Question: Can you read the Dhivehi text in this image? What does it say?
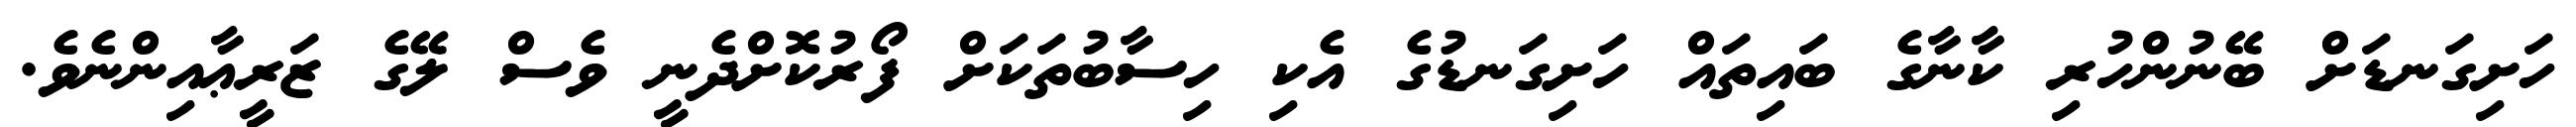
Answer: ހަށިގަނޑަށް ބޭނުންހުރި ކާނާގެ ބައިތައް ހަށިގަނޑުގެ އެކި ހިސާބުތަކަށް ފޯރުކޮށްދެނީ ވެސް ލޭގެ ޒަރީޢާއިންނެވެ.